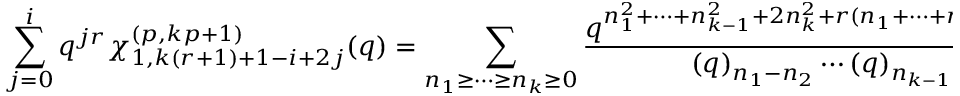
\sum _ { j = 0 } ^ { i } q ^ { j r } \chi _ { 1 , k ( r + 1 ) + 1 - i + 2 j } ^ { ( p , k p + 1 ) } ( q ) = \displaystyle \sum _ { n _ { 1 } \geq \cdots \geq n _ { k } \geq 0 } \frac { q ^ { n _ { 1 } ^ { 2 } + \cdots + n _ { k - 1 } ^ { 2 } + 2 n _ { k } ^ { 2 } + r ( n _ { 1 } + \cdots + n _ { k - 1 } + 2 n _ { k } ) - ( n _ { 1 } + \cdots + n _ { i } ) } } { ( q ) _ { n _ { 1 } - n _ { 2 } } \cdots ( q ) _ { n _ { k - 1 } - n _ { k } } ( q ) _ { 2 n _ { k } + r } } \overline { { { F } } } _ { p - 1 ; r } ^ { ( 2 n _ { k } + r ) } ( q ) .